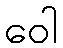
ဝေါ